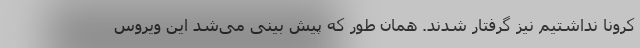
کرونا نداشتیم نیز گرفتار شدند. همان طور که پیش بینی می‌شد این ویروس